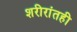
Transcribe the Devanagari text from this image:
शरीरांतही